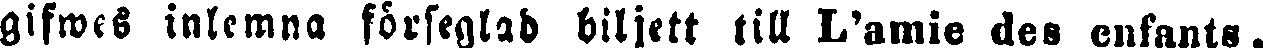
gifwes inlcmna förseglad biljett till L'amie des enfants.